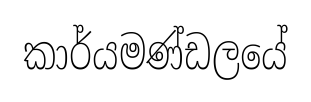
කාර්යමණ්ඩලයේ